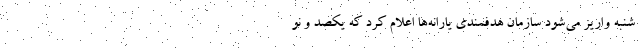
شنبه واریز می‌شود سازمان هدفمندی یارانه‌ها اعلام کرد که یکصد و نو